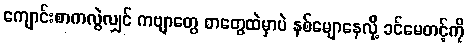
ကျောင်းစာကလွဲလျှင် ကဗျာတွေ စာတွေထဲမှာပဲ နစ်မျောနေလို့ ခင်မေတင့်ကို